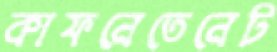
কাফনেতেনেট